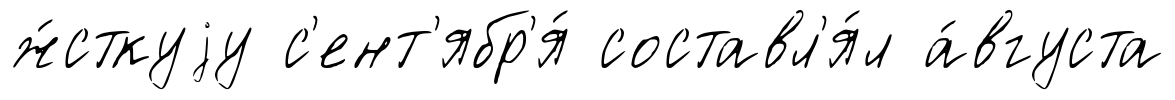
ж́сткуjу с'ент'ябр'я́ составл'я́л а́вгуста